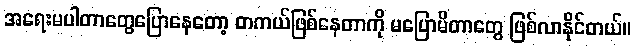
အရေးမပါတာတွေပြောနေတော့ တကယ်ဖြစ်နေတာကို မပြောမိတာတွေ ဖြစ်လာနိုင်တယ်။